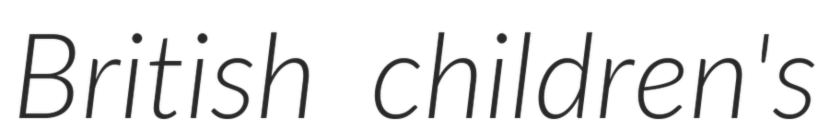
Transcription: British children's